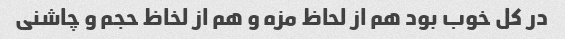
در کل خوب بود هم از لحاظ مزه و هم از لخاظ حجم و چاشنی